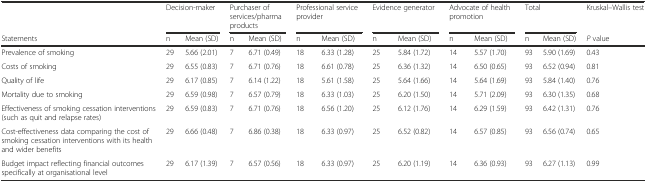
<table><thead><tr><td></td><td colspan="2"><b>Decision-maker</b></td><td colspan="2"><b>Purchaser of services/pharma products</b></td><td colspan="2"><b>Professional service provider</b></td><td colspan="2"><b>Evidence generator</b></td><td colspan="2"><b>Advocate of health promotion</b></td><td colspan="2"><b>Total</b></td><td><b>Kruskal–Wallis test</b></td></tr><tr><td><b>Statements</b></td><td><b>n</b></td><td><b>Mean (SD)</b></td><td><b>n</b></td><td><b>Mean (SD)</b></td><td><b>n</b></td><td><b>Mean (SD)</b></td><td><b>n</b></td><td><b>Mean (SD)</b></td><td><b>n</b></td><td><b>Mean (SD)</b></td><td><b>n</b></td><td><b>Mean (SD)</b></td><td><b><i>P</i> value</b></td></tr></thead><tbody><tr><td>Prevalence of smoking</td><td>29</td><td>5.66 (2.01)</td><td>7</td><td>6.71 (0.49)</td><td>18</td><td>6.33 (1.28)</td><td>25</td><td>5.84 (1.72)</td><td>14</td><td>5.57 (1.70)</td><td>93</td><td>5.90 (1.69)</td><td>0.43</td></tr><tr><td>Costs of smoking</td><td>29</td><td>6.55 (0.83)</td><td>7</td><td>6.71 (0.76)</td><td>18</td><td>6.61 (0.78)</td><td>25</td><td>6.36 (1.32)</td><td>14</td><td>6.50 (0.65)</td><td>93</td><td>6.52 (0.94)</td><td>0.81</td></tr><tr><td>Quality of life</td><td>29</td><td>6.17 (0.85)</td><td>7</td><td>6.14 (1.22)</td><td>18</td><td>5.61 (1.58)</td><td>25</td><td>5.64 (1.66)</td><td>14</td><td>5.64 (1.69)</td><td>93</td><td>5.84 (1.40)</td><td>0.76</td></tr><tr><td>Mortality due to smoking</td><td>29</td><td>6.59 (0.98)</td><td>7</td><td>6.57 (0.79)</td><td>18</td><td>6.33 (1.03)</td><td>25</td><td>6.20 (1.50)</td><td>14</td><td>5.71 (2.09)</td><td>93</td><td>6.30 (1.35)</td><td>0.68</td></tr><tr><td>Effectiveness of smoking cessation interventions (such as quit and relapse rates)</td><td>29</td><td>6.59 (0.83)</td><td>7</td><td>6.71 (0.76)</td><td>18</td><td>6.56 (1.20)</td><td>25</td><td>6.12 (1.76)</td><td>14</td><td>6.29 (1.59)</td><td>93</td><td>6.42 (1.31)</td><td>0.76</td></tr><tr><td>Cost-effectiveness data comparing the cost of smoking cessation interventions with its health and wider benefits</td><td>29</td><td>6.66 (0.48)</td><td>7</td><td>6.86 (0.38)</td><td>18</td><td>6.33 (0.97)</td><td>25</td><td>6.52 (0.82)</td><td>14</td><td>6.57 (0.85)</td><td>93</td><td>6.56 (0.74)</td><td>0.65</td></tr><tr><td>Budget impact reflecting financial outcomes specifically at organisational level</td><td>29</td><td>6.17 (1.39)</td><td>7</td><td>6.57 (0.56)</td><td>18</td><td>6.33 (0.97)</td><td>25</td><td>6.20 (1.19)</td><td>14</td><td>6.36 (0.93)</td><td>93</td><td>6.27 (1.13)</td><td>0.99</td></tr></tbody></table>